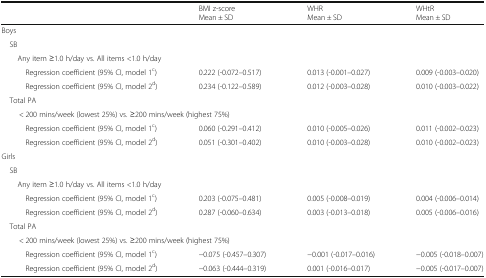
<table><thead><tr><td></td><td><b>BMI z-scoreMean ± SD</b></td><td><b>WHRMean ± SD</b></td><td><b>WHtRMean ± SD</b></td></tr></thead><tbody><tr><td colspan="4">Boys</td></tr><tr><td colspan="4"> SB</td></tr><tr><td colspan="4">Any item ≥1.0 h/day vs. All items &lt;1.0 h/day</td></tr><tr><td>Regression coefficient (95% CI, model 1<sup>c</sup>)</td><td>0.222 (-0.072–0.517)</td><td>0.013 (-0.001–0.027)</td><td>0.009 (-0.003–0.020)</td></tr><tr><td>Regression coefficient (95% CI, model 2<sup>d</sup>)</td><td>0.234 (-0.122–0.589)</td><td>0.012 (-0.003–0.028)</td><td>0.010 (-0.003–0.022)</td></tr><tr><td colspan="4"> Total PA</td></tr><tr><td colspan="4">&lt; 200 mins/week (lowest 25%) vs. ≥200 mins/week (highest 75%)</td></tr><tr><td>Regression coefficient (95% CI, model 1<sup>c</sup>)</td><td>0.060 (-0.291–0.412)</td><td>0.010 (-0.005–0.026)</td><td>0.011 (-0.002–0.023)</td></tr><tr><td>Regression coefficient (95% CI, model 2<sup>d</sup>)</td><td>0.051 (-0.301–0.402)</td><td>0.010 (-0.003–0.028)</td><td>0.010 (-0.002–0.023)</td></tr><tr><td colspan="4">Girls</td></tr><tr><td colspan="4"> SB</td></tr><tr><td colspan="4">Any item ≥1.0 h/day vs. All items &lt;1.0 h/day</td></tr><tr><td>Regression coefficient (95% CI, model 1<sup>c</sup>)</td><td>0.203 (-0.075–0.481)</td><td>0.005 (-0.008–0.019)</td><td>0.004 (-0.006–0.014)</td></tr><tr><td>Regression coefficient (95% CI, model 2<sup>d</sup>)</td><td>0.287 (-0.060–0.634)</td><td>0.003 (-0.013–0.018)</td><td>0.005 (-0.006–0.016)</td></tr><tr><td colspan="4"> Total PA</td></tr><tr><td colspan="4">&lt; 200 mins/week (lowest 25%) vs. ≥200 mins/week (highest 75%)</td></tr><tr><td>Regression coefficient (95% CI, model 1<sup>c</sup>)</td><td>−0.075 (-0.457–0.307)</td><td>−0.001 (-0.017–0.016)</td><td>−0.005 (-0.018–0.007)</td></tr><tr><td>Regression coefficient (95% CI, model 2<sup>d</sup>)</td><td>−0.063 (-0.444–0.319)</td><td>0.001 (-0.016–0.017)</td><td>−0.005 (-0.017–0.007)</td></tr></tbody></table>